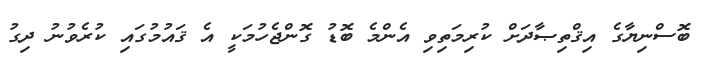
ބޮސްނިޔާގެ އިޤްތިޞާދަށް ކުރިމަތިވި އެންމެ ބޮޑު ގޮންޖެހުމަކީ އެ ޤައުމުގައި ކުރެވުނު ދިގު